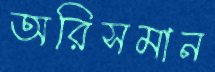
অরিসমান